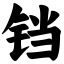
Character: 铛